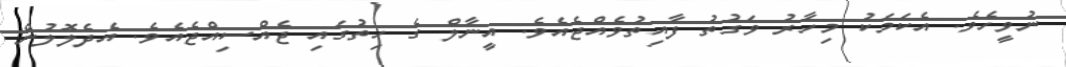
ނުވީހެވެ. އެކަމަކު މިހާރު ވަގުތު ފާއިތުވެއްޖެއެވެ. އީނާލް ގެ ހިތުގައި ޖެއްސިއްޖެއެވެ. އެދެލޮލުން